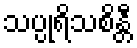
သပ္ပုရိသစိန္တီ